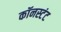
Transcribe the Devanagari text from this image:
कॉनस्टंट